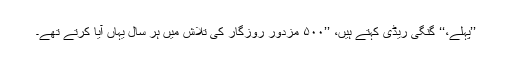
’’پہلے،‘‘ گنگی ریڈی کہتے ہیں، ’’۵۰۰ مزدور روزگار کی تلاش میں ہر سال یہاں آیا کرتے تھے۔